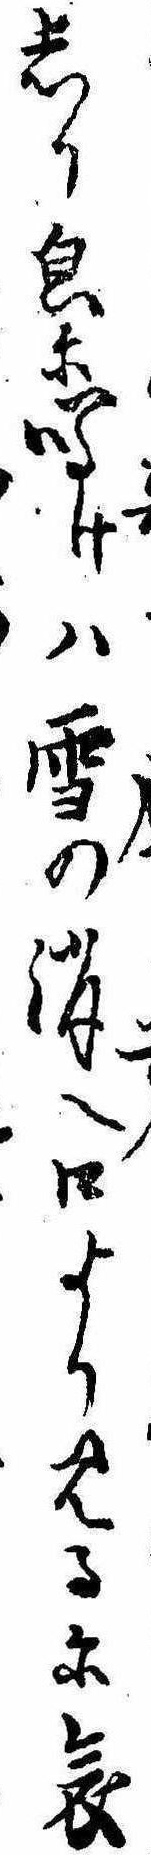
しりに鳴けは雪の消へ口より見るに哀